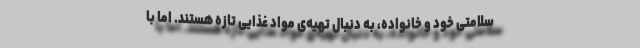
سلامتی خود و خانواده، به دنبال تهیه‌ی مواد غذایی تازه هستند. اما با